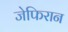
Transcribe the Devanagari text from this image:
जेफिरान